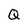
Character: Q